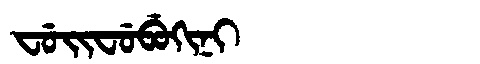
Manchu: ᠸᡠᡳᠸᡠᠪᡠᡴᡳᠨᡳ
Romanization: FUIFUBUKINI